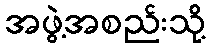
အဖွဲ့အစည်းသို့